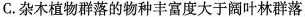
C.杂木植物群落的物种丰富度大于阔叶林群落